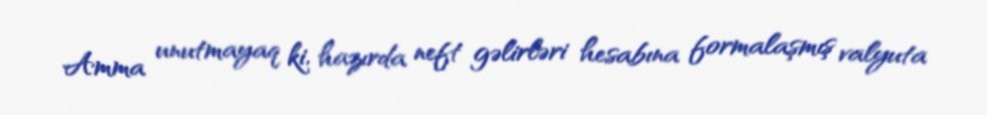
Amma unutmayaq ki, hazırda neft gəlirləri hesabına formalaşmış valyuta